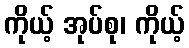
ကိုယ့် အုပ်စု၊ ကိုယ့်